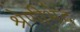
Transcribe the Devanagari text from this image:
श्रेणीभेद